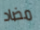
مضاد